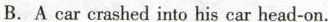
B. A car crashed into his car head-on.